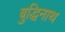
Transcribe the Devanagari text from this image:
बुद्धिनाथ